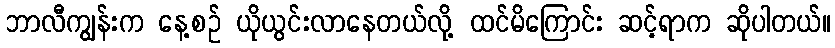
ဘာလီကျွန်းက နေ့စဉ် ယိုယွင်းလာနေတယ်လို့ ထင်မိကြောင်း ဆင့်ရာက ဆိုပါတယ်။